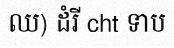
ឈ) ដំរី cht ទាប